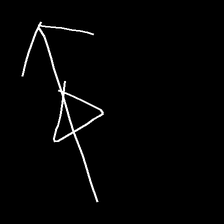
Glyph: pull